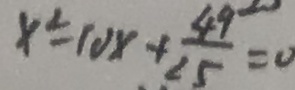
x ^ { 2 } = 1 0 x + \frac { 4 9 } { 2 5 } = 0